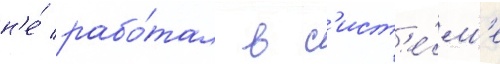
н'е́ рабо́тал в с'ист'е́м'е